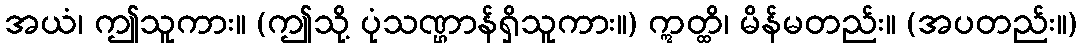
အယံ၊ ဤသူကား။ (ဤသို့ ပုံသဏ္ဌာန်ရှိသူကား။) ဣတ္ထိ၊ မိန်မတည်း။ (အပတည်း။)